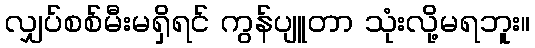
လျှပ်စစ်မီးမရှိရင် ကွန်ပျူတာ သုံးလို့မရဘူး။